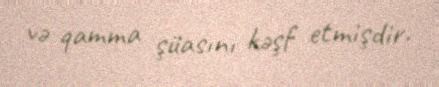
və qamma şüasını kəşf etmişdir.